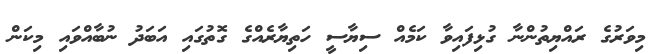
މިވަރުގެ ރައްޔިތުންނާ ގުޅިފައިވާ ކަމެއް ސިޔާސީ ހަތިޔާރެއްގެ ގޮތުގައި އަބަދު ނުބާއްވަައި މިކަން